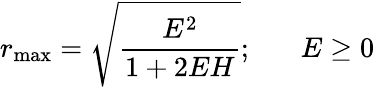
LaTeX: r_{\mathrm{max}}=\sqrt{\frac{E^{2}}{1+2EH}};\; \; \; \; \; \; E\geq 0